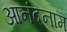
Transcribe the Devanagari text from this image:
आनंदनाम